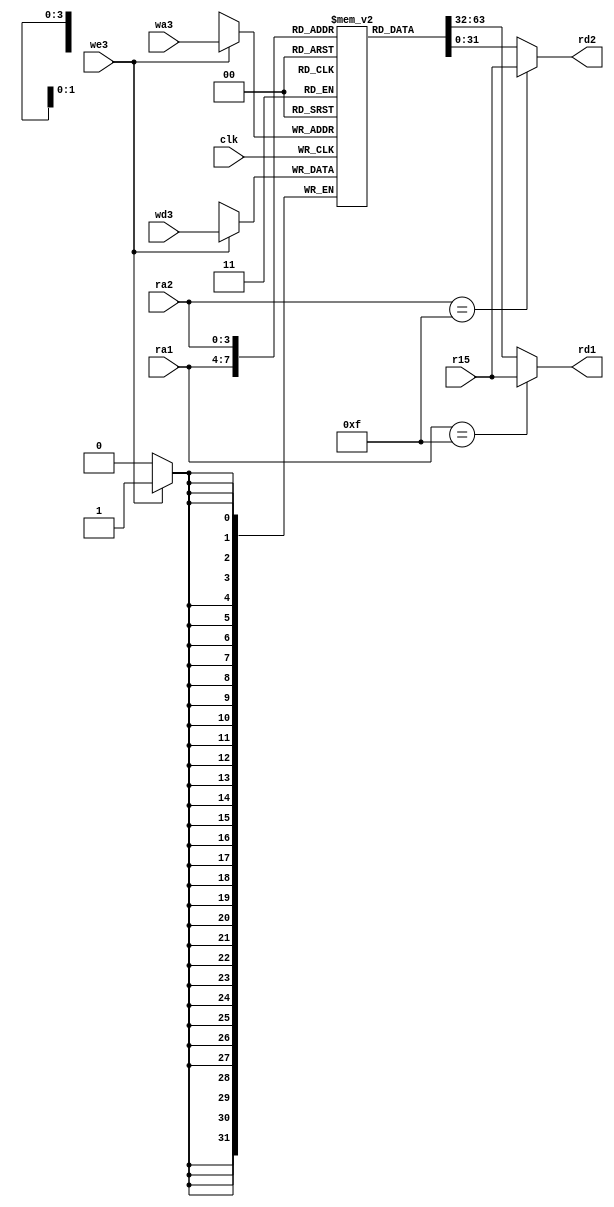
// vim: set expandtab:

module regfile (
    clk,
    we3,
    ra1,
    ra2,
    wa3,
    wd3,
    r15,
    rd1,
    rd2
);
    input wire clk;
    input wire we3;
    input wire [3:0] ra1;
    input wire [3:0] ra2;
    input wire [3:0] wa3;
    input wire [31:0] wd3;
    input wire [31:0] r15;
    output wire [31:0] rd1;
    output wire [31:0] rd2;
    reg [31:0] rf [14:0];
    always @(posedge clk)
        if (we3) // LDR
            rf[wa3] <= wd3;
    assign rd1 = (ra1 == 4'b1111 ? r15 : rf[ra1]);
    assign rd2 = (ra2 == 4'b1111 ? r15 : rf[ra2]);
endmodule